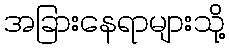
အခြားနေရာများသို့